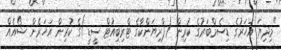
"މިދިޔަ އަހަރުގެ ޑިސެމްބަރުގެ ކުރިން (ޕްރިޔަންކާގެ ޓްރިބިއުޓް ސީޑީ)ގެ ކުރިން އަހަރެން ޝޯއެއް